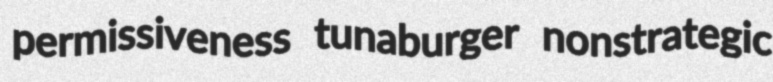
permissiveness tunaburger nonstrategic